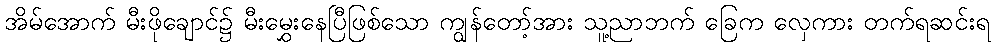
အိမ်အောက် မီးဖိုချောင်၌ မီးမွှေးနေပြီဖြစ်သော ကျွန်တော့်အား သူ့ညာဘက် ခြေက လှေကား တက်ရဆင်းရ